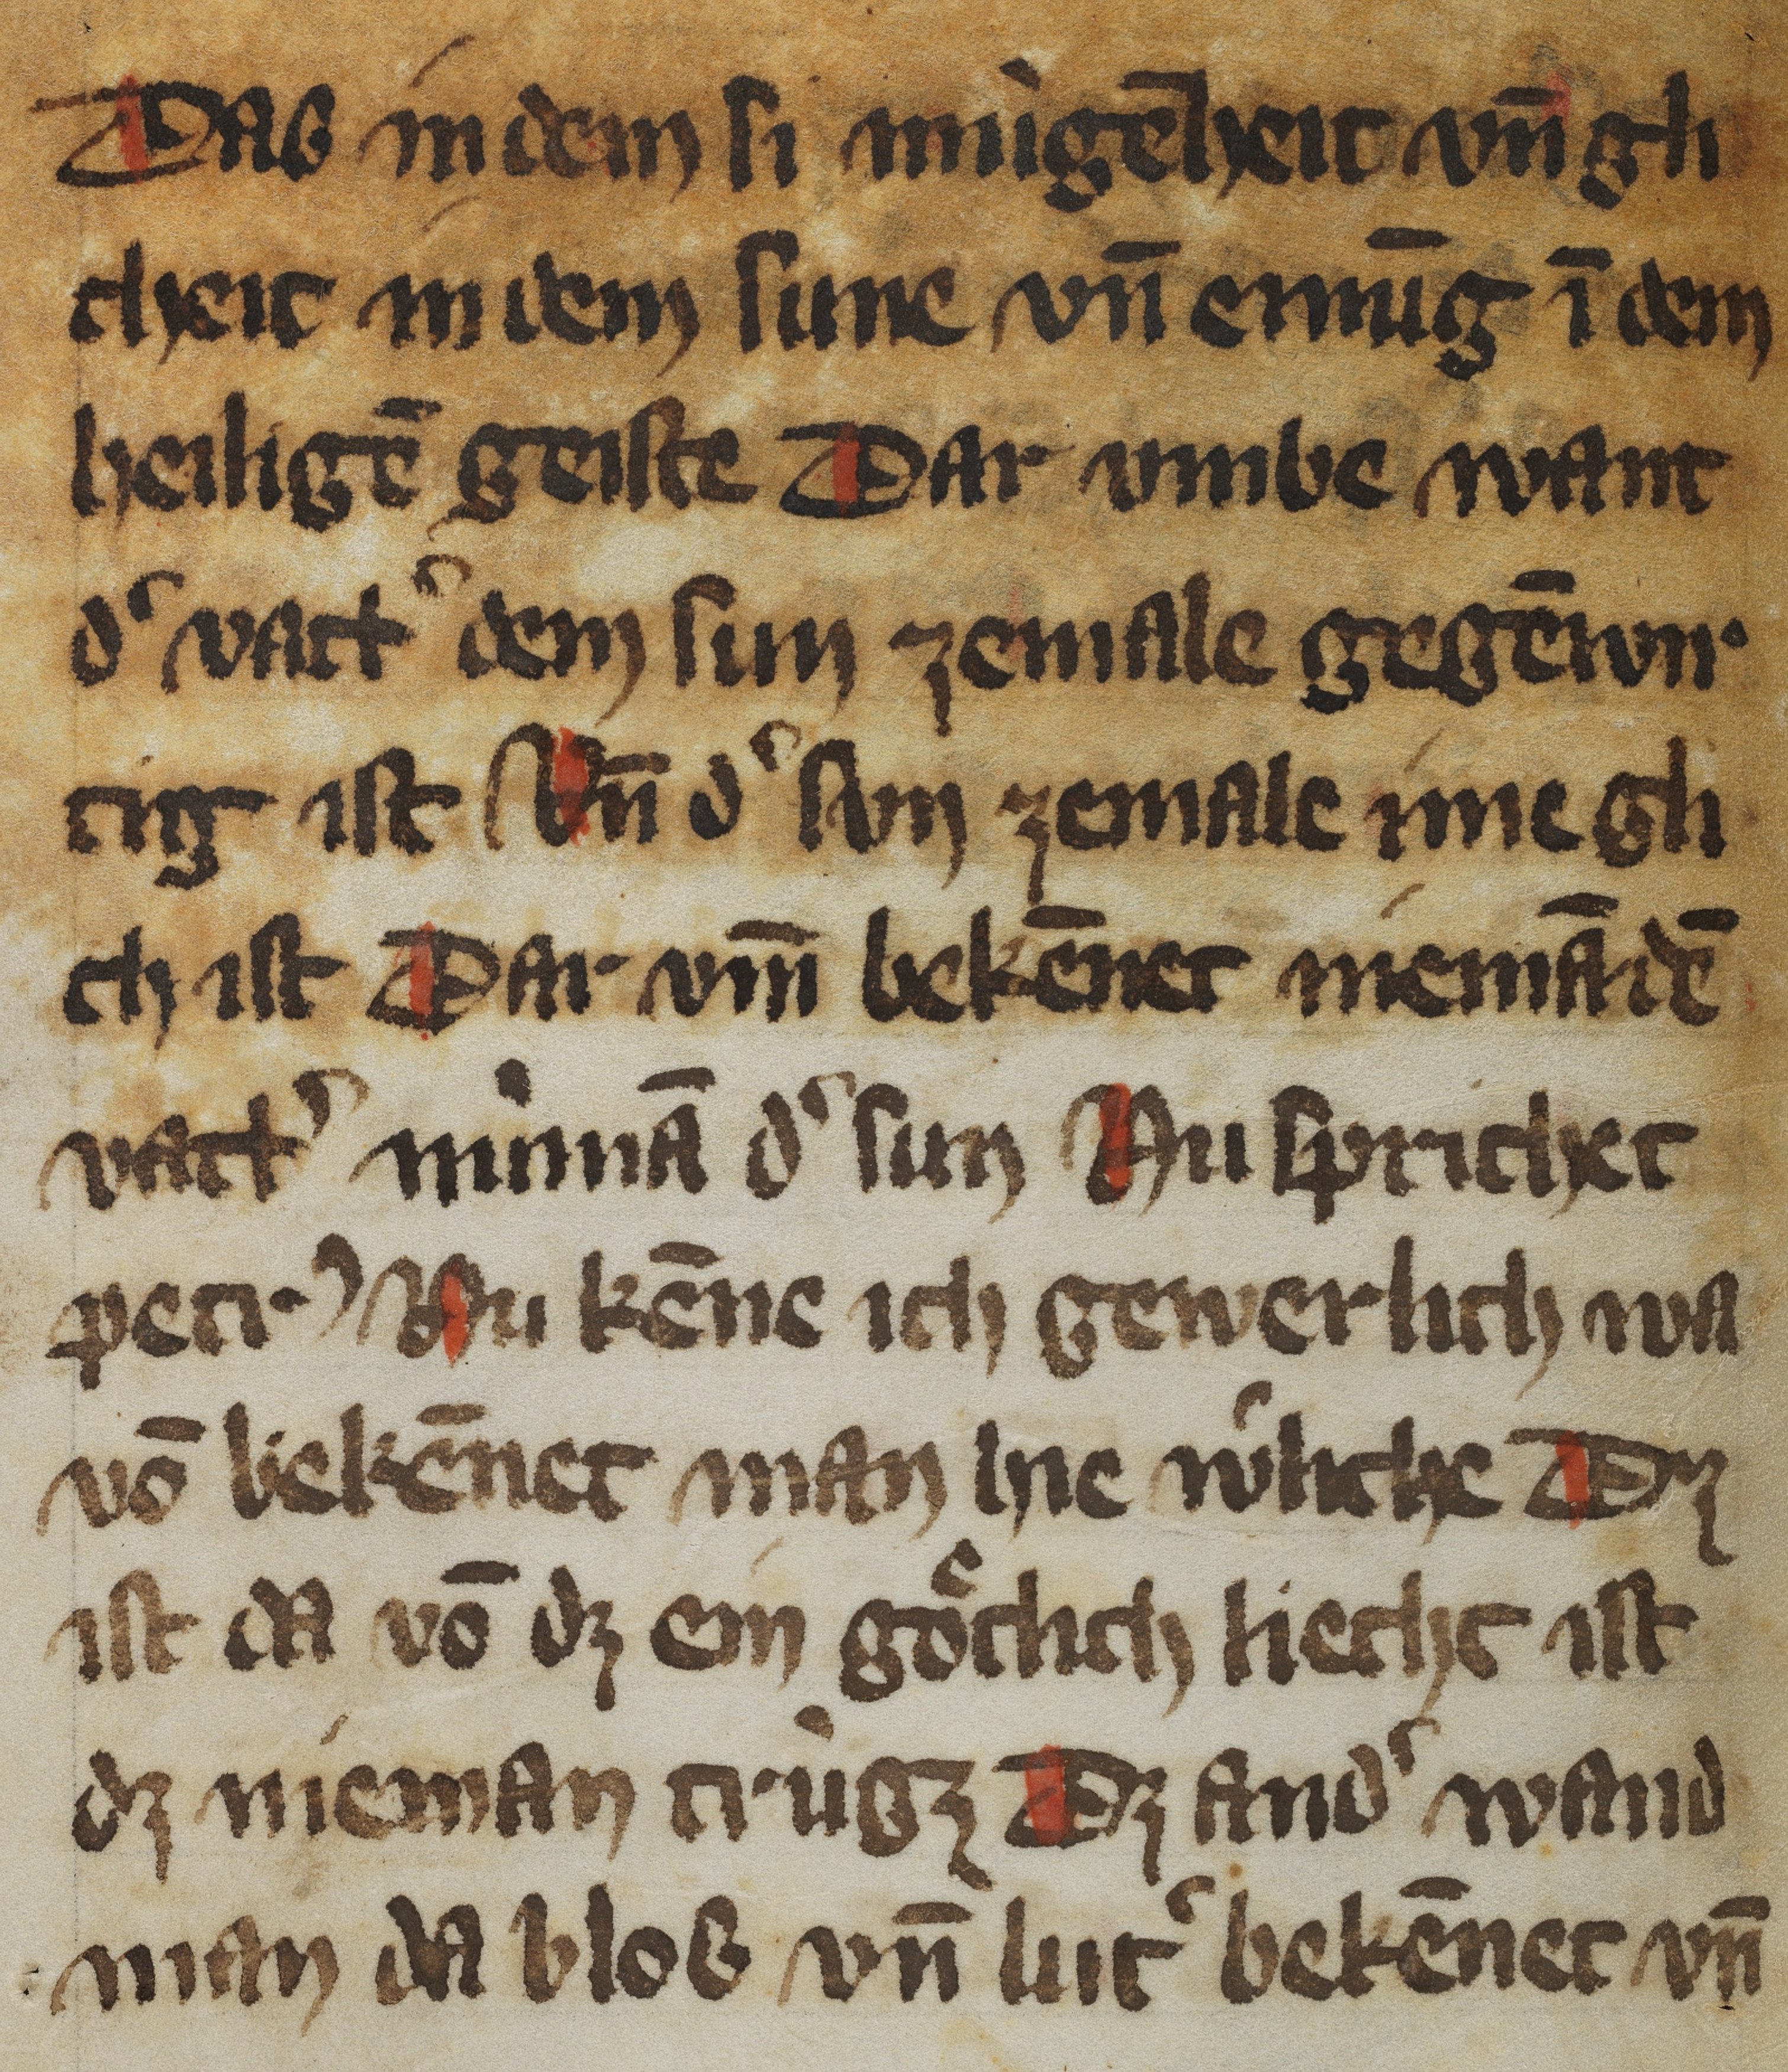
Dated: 1350–1399